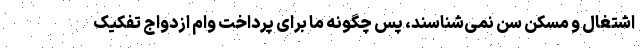
اشتغال و مسکن سن نمی‌شناسند، پس چگونه ما برای پرداخت وام ازدواج تفکیک